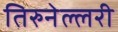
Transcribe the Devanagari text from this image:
तिरुनेल्लरी